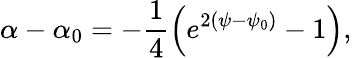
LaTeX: \alpha-\alpha_{0}=-\frac{1}{4}\left(e^{2(\psi-\psi_{0})}-1\right),